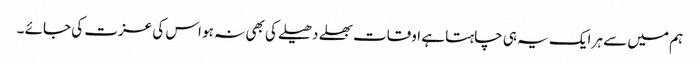
ہم میں سے ہر ایک یہ ہی چاہتا ہے اوقات بھلے دھیلے کی بھی نہ ہو اس کی عزت کی جائے ۔